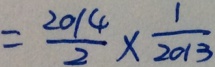
= \frac { 2 0 1 4 } { 2 } \times \frac { 1 } { 2 0 1 3 }